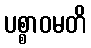
ပစ္စာဝမတိ